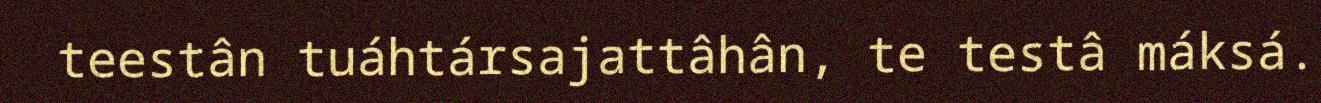
teestân tuáhtársajattâhân, te testâ máksá.